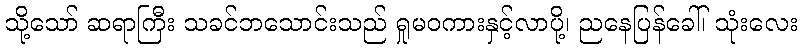
သို့သော် ဆရာကြီး သခင်ဘသောင်းသည် ရှုမဝကားနှင့်လာပို့၊ ညနေပြန်ခေါ်၊ သုံးလေး